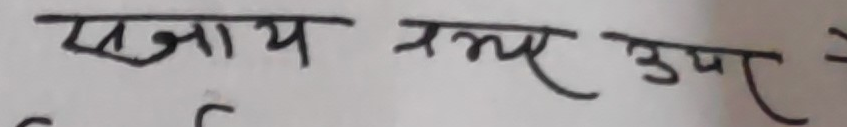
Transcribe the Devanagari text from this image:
सजाय नभए उपर